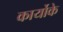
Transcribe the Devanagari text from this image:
कार्योके